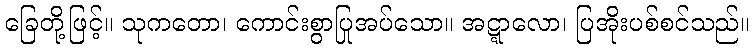
ခြေတို့ဖြင့်။ သုကတော၊ ကောင်းစွာပြုအပ်သော။ အဋ္ဋာလော၊ ပြအိုးပစ်စင်သည်။